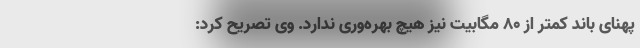
پهنای باند کمتر از 80 مگابیت نیز هیچ بهره‌وری ندارد. وی تصریح کرد: